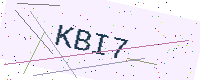
Text: KBI7